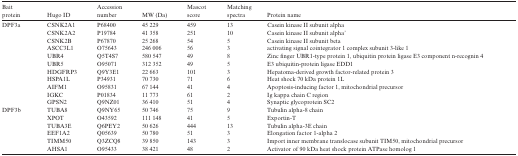
| Bait protein | Hugo ID | Accessionnumber | MW (Da) | Mascotscore | Matchingspectra | Protein name |
 | --- | --- | --- | --- | --- | --- | --- |
 | DPF3a | CSNK2A1 | P68400 | 45 229 | 459 | 13 | Casein kinase II subunit alpha |
 |  | CSNK2A2 | P19784 | 41 358 | 251 | 10 | Casein kinase II subunit alpha' |
 |  | CSNK2B | P67870 | 25 268 | 54 | 5 | Casein kinase II subunit beta |
 |  | ASCC3L1 | O75643 | 246 006 | 56 | 3 | activating signal cointegrator 1 complex subunit 3-like 1 |
 |  | UBR4 | Q5T4S7 | 580 547 | 49 | 8 | Zinc finger UBR1-type protein 1, ubiquitin protein ligase E3 component n-recognin 4 |
 |  | UBR5 | O95071 | 312 352 | 49 | 5 | E3 ubiquitin-protein ligase EDD1 |
 |  | HDGFRP3 | Q9Y3E1 | 22 663 | 101 | 3 | Hepatoma-derived growth factor-related protein 3 |
 |  | HSPA1L | P34931 | 70 730 | 71 | 6 | Heat shock 70 kDa protein 1L |
 |  | AIFM1 | O95831 | 67 144 | 41 | 4 | Apoptosis-inducing factor 1, mitochondrial precursor |
 |  | IGKC | P01834 | 11 773 | 61 | 2 | Ig kappa chain C region |
 |  | GPSN2 | Q9NZ01 | 36 410 | 51 | 4 | Synaptic glycoprotein SC2 |
 | DPF3b | TUBA8 | Q9NY65 | 50 746 | 75 | 9 | Tubulin alpha-8 chain |
 |  | XPOT | O43592 | 111 148 | 41 | 5 | Exportin-T |
 |  | TUBA3E | Q6PEY2 | 50 626 | 444 | 13 | Tubulin alpha-3E chain |
 |  | EEF1A2 | Q05639 | 50 780 | 51 | 3 | Elongation factor 1-alpha 2 |
 |  | TIMM50 | Q3ZCQ8 | 39 850 | 143 | 3 | Import inner membrane translocase subunit TIM50, mitochondrial precursor |
 |  | AHSA1 | O95433 | 38 421 | 48 | 2 | Activator of 90 kDa heat shock protein ATPase homolog 1 |